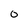
Character: 0